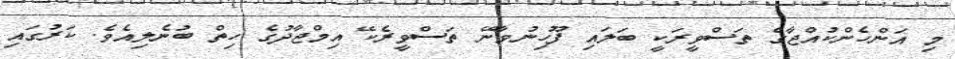
މި އަންހެންކުއްޖާގެ ތަސްވީރަކީ ބަލައި ފޫހިނުވާނޭ ތަސްވީރެކޭ އިމްޖާދުގެ ހިތް ބުނެލިއެވެ. ކަރުގައި